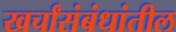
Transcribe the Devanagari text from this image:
खर्चांसंबंधांतील